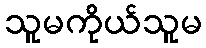
သူမကိုယ်သူမ